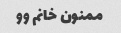
ممنون خانم وو